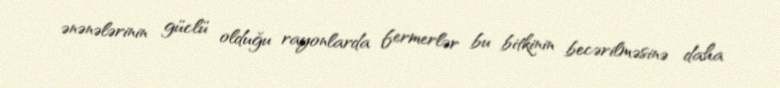
ənənələrinin güclü olduğu rayonlarda fermerlər bu bitkinin becərilməsinə daha